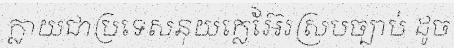
ក្លាយជាប្រទេសនុយក្លេអ៊ែរស្របច្បាប់ ដូច